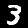
Label: 3